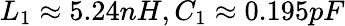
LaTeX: L_{1}\approx 5.24nH,C_{1}\approx 0.195pF